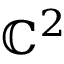
\mathbb { C } ^ { 2 }